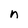
Character: n